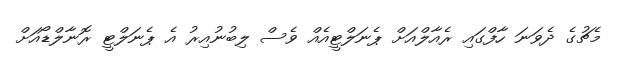
މެޗުގެ ދެވަނަ ހާފްގައި ރެއާލްއަށް ޕެނަލްޓީއެއް ވެސް ލިބުނުއިރު އެ ޕެނަލްޓީ ރޮނާލްޑޯއަށް